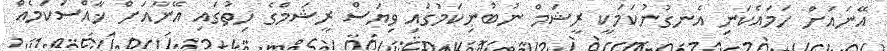
އޭނައަށް ހަމައެކަނި އެނގުނުކަމަކީ ރީޝަމް ނުބުނިކަމުގައި ވިޔަސް ރީޝަމްގެ ހިތުގައި އޭނާއަށް ޚާއްސަކަމެއް